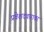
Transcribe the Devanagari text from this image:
प्रवेशदवारावर